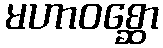
မဟာဝစ္ဆော